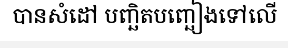
បានសំដៅ បញ្ឆិតបញ្ឆៀងទៅលើ